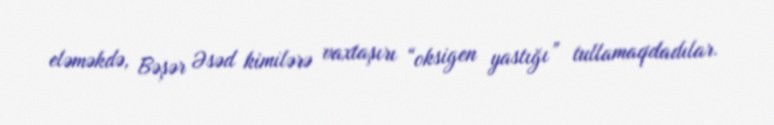
eləməkdə, Bəşər Əsəd kimilərə vaxtaşırı “oksigen yastığı” tullamaqdadılar.